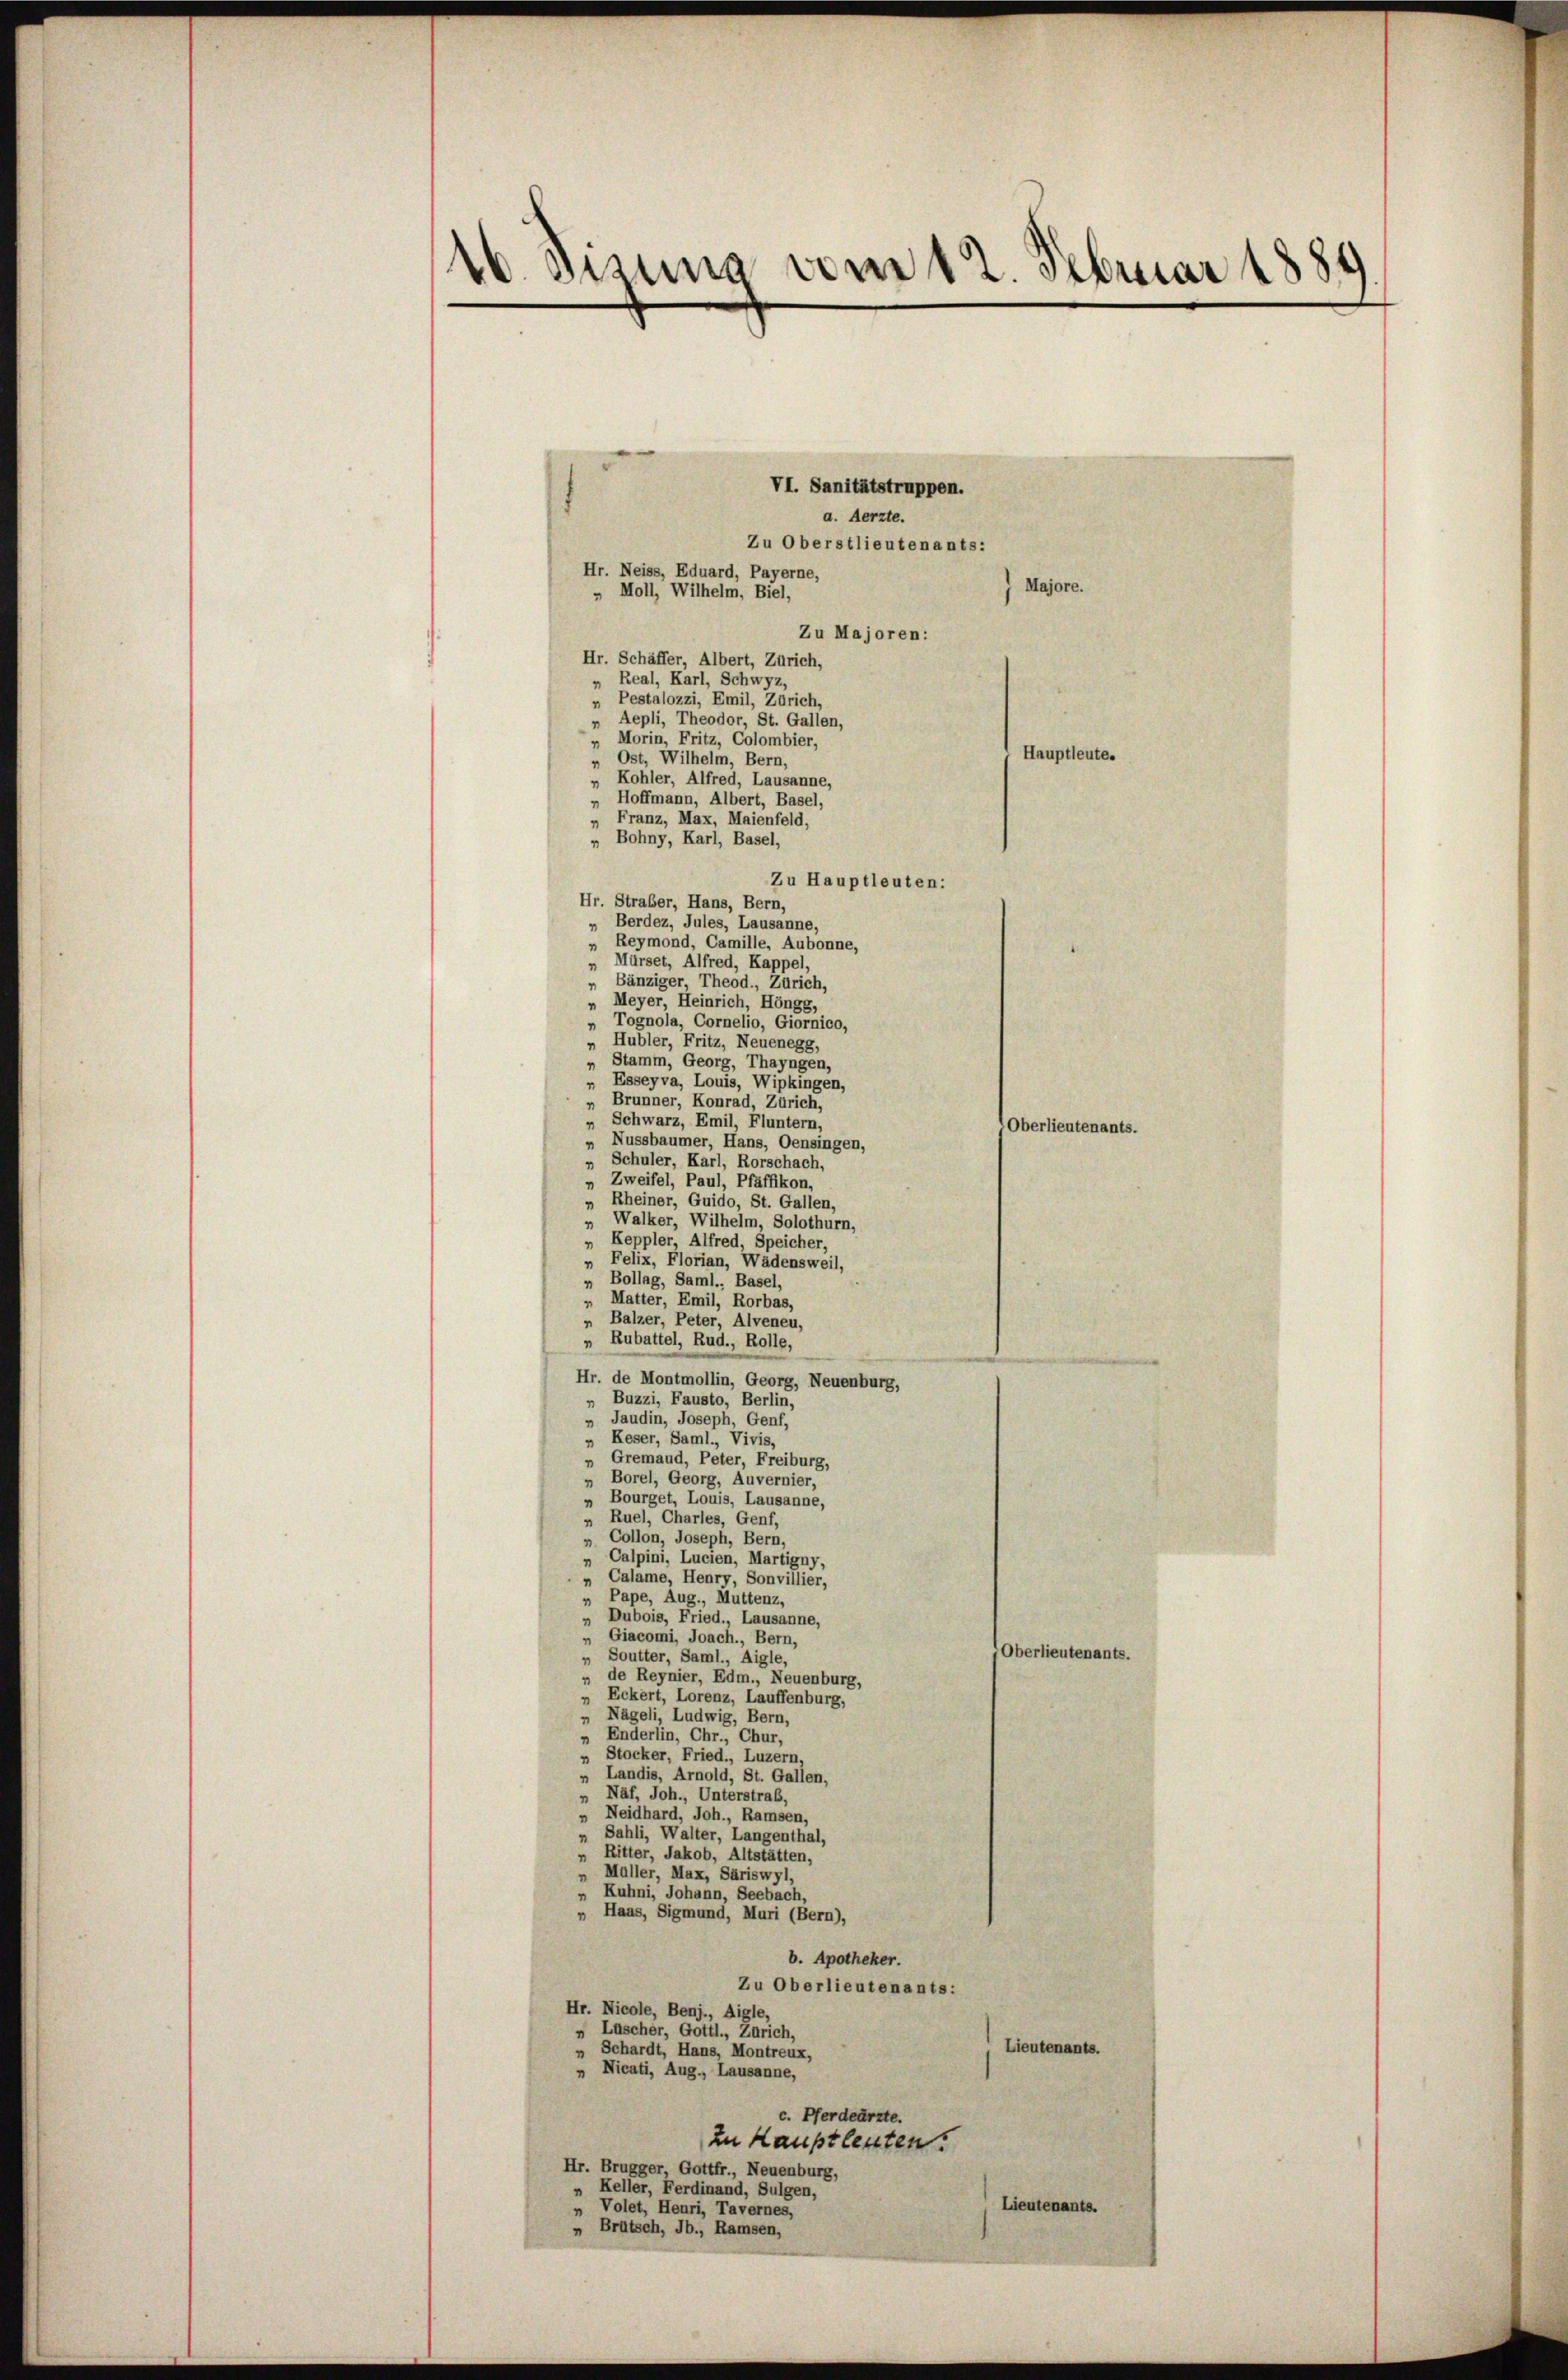
.
d. Gesung vom 12. Februar 185

VI. Sanitätstruppen.
a. Aerzte.
Zu Oberstlieutenants:
Hr. Neiss, Eduard, Payerne,
Majore.
„ Moll, Wilhelm, Biel,
Zu Majoren:
Hr. Schäffer, Albert, Zürich,
Real, Karl, Schwyz,
Pestalozzi, Emil, Zürich,
» Aepli, Theodor, St. Gallen,
„ Morin, Fritz, Colombier,
Hauptleute.
„Ost, Wilhelm, Bern,
Kohler, Alfred, Lausanne,
„ Hoffmann, Albert, Basel,
„ Franz, Max, Maienfeld,
„ Bohny, Karl, Basel,
Zu Hauptleuten:
Hr. Straber, Hans, Bern,
Berdez, Jules, Lausanne,
Reymond, Camille, Aubonne,
Mürset, Alfred, Kappel,
„ Bänziger, Theod., Zürich,
„ Meyer, Heinrich, Höngg,
Tognola, Cornelio, Giornico,
Hubler, Fritz, Neuenegg,
„ Stamm, Georg, Thayngen,
" Esseyva, Louis, Wipkingen,
„ Brunner, Konrad, Zürich,
Schwarz, Emil, Fluntern,
Nussbaumer, Hans, Oensingen,
Schuler, Karl, Rorschach,
Zweifel, Paul, Pfäffikon,
Rheiner, Guido, St. Gallen,
Walker, Wilhelm, Solothurn,
„ Keppler, Alfred, Speicher,
Felix, Florian, Wädensweil,
Bollag, Saml., Basel,
 Matter, Emil, Rorbas,
„ Balzer, Peter, Alveneu,
„ Rubattel, Rud., Rolle,
Hr. de Montmollin, Georg, Neuenburg,
„ Buzzi, Fausto, Berlin,
Jaudin, Joseph, Genf,
„ Keser, Saml., Vivis,
» Gremaud, Peter, Freiburg,
Borel, Georg, Auvernier,
„ Bourget, Louis, Lausanne,
„ Ruel, Charles, Genf,
Collon, Joseph, Bern,
Calpini, Lucien, Martigny,
Calame, Henry, Sonvillier,
Pape, Aug., Muttenz,
„ Dubois, Fried., Lausanne,
„ Giacomi, Joach., Bern,
Oberlieutenants.
„ Soutter, Saml., Aigle,
„ de Reynier, Edm., Neuenburg,
Eckert, Lorenz, Lauffenburg,
Nägeli, Ludwig, Bern,
Enderlin, Chr., Chur,
" Stocker, Fried., Luzern.
„ Landis, Arnold, St. Gallen,
„ Näf, Joh., Unterstraß,
Neidhard, Joh., Ramsen,
Sahli, Walter, Langenthal,
Ritter, Jakob, Altstätten,
Müller, Max, Säriswyl,
„ Kuhni, Johann, Seebach,
„ Haas, Sigmund, Muri (Bern),
b. Apotheker.
Zu Oberlieutenants:
Hr. Nicole, Benj., Aigle,
» Lüscher, Gottl., Zürich,
Lieutenants.
Schardt, Hans, Montreux,
„ Nicati, Aug., Lausanne,
c. Pferdearzte.
Zu Hauptleuten.
Hr. Brugger Gottfr., Neuenburg,
Keller, Ferdinand, Sulgen,
Lieutenants.
Volet, Heuri, Tavernes,
„ Brütsch, Jb., Ramsen,

Oberlieutenants.